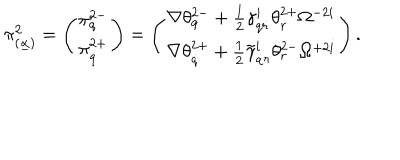
\pi _ { ( \underline { { \alpha } } ) } ^ { 2 } = \left( \pi _ { q } ^ { 2 - } \atop \pi _ { \dot { q } } ^ { 2 + } \right) = \left( \nabla \theta _ { q } ^ { 2 - } + \frac 1 2 \gamma _ { q \dot { r } } ^ { i } \theta _ { \dot { r } } ^ { 2 + } \Omega ^ { - 2 i } \atop \nabla \theta _ { \dot { q } } ^ { 2 + } + \frac 1 2 \tilde { \gamma } _ { \dot { q } r } ^ { i } \theta _ { r } ^ { 2 - } \Omega ^ { + 2 i } \right) .